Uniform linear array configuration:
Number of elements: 12
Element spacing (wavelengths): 0.75
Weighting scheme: cosine
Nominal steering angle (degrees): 15
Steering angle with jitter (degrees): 14.393
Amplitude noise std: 0.05
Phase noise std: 0.05

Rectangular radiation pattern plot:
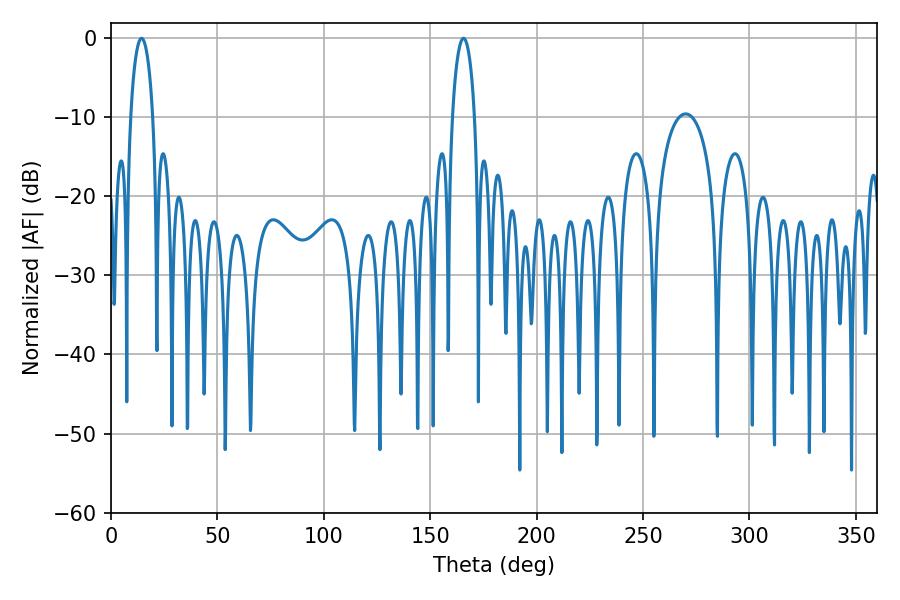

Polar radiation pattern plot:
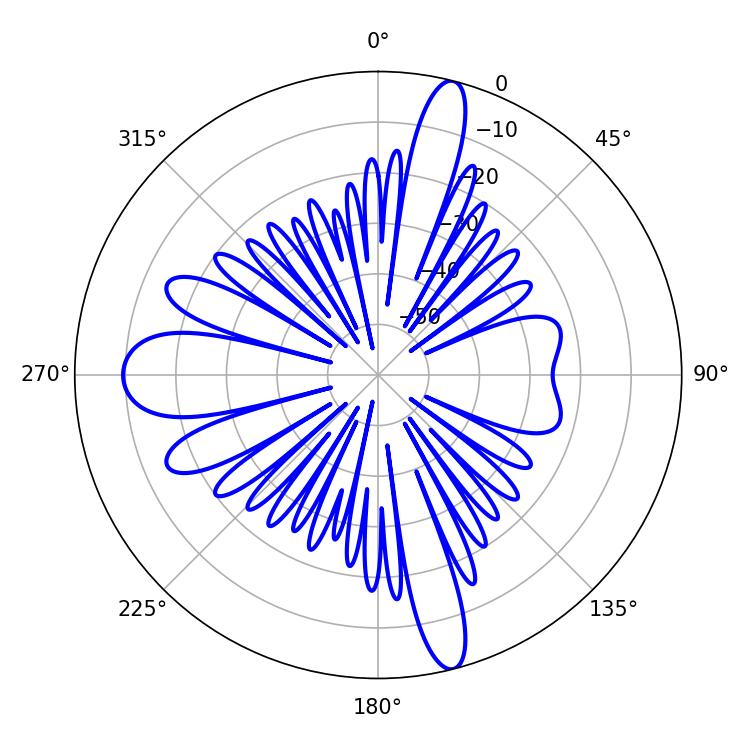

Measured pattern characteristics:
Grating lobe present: TRUE
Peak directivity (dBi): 19.906
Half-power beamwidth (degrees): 5.94
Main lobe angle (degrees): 14.4